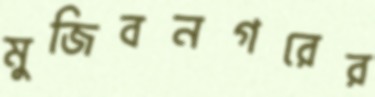
মুজিবনগরের